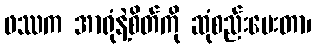
ဖဿက အာရုံနဲ့စိတ်ကို ဆုံစည်းပေးတာ၊